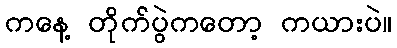
ကနေ့ တိုက်ပွဲကတော့ ကယားပဲ။